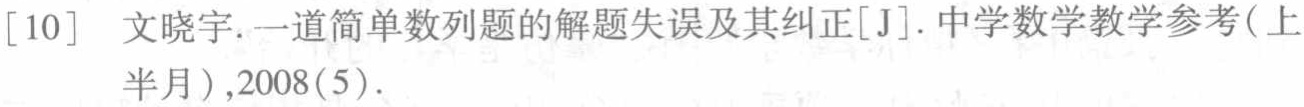
[10] 文晓宇. 一道简单数列题的解题失误及其纠正[J]. 中学数学教学参考(上半月),2008(5).